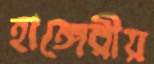
হাঙ্গেরীয়